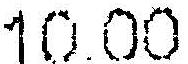
10.00